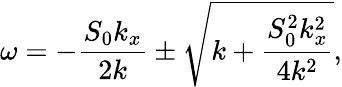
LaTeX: \omega=-\frac{S_{0}k_{x}}{2k}\pm\sqrt{k+\frac{S_{0}^{2}k_{x}^{2}}{4k^{2}}},